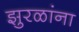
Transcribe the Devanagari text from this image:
झुरळांना